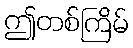
ဤတစ်ကြိမ်